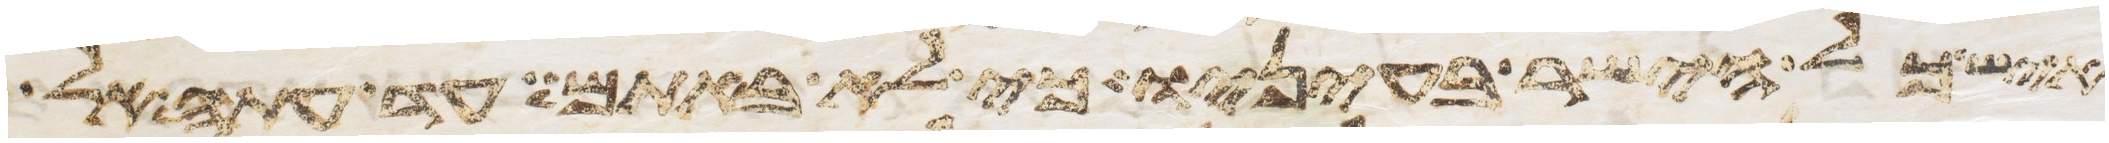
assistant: איש כל הישר בעיניו כי לא באתם עד עתה אל